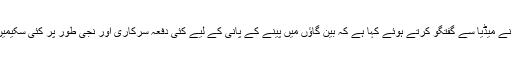
یونین کونسل باشہ کے گاؤں بین کے عمائدین اور لوگوں نے میڈیا سے گفتگو کرتے ہوئے کہا ہے کہ بین گاؤں میں پینے کے پانی کے لیے کئی دفعہ سرکاری اور نجی طور پر کئی سکیمیں رکھی گئی تاہم ابھی تک کوئی سکیم مکمل نہیں ہوسکا۔